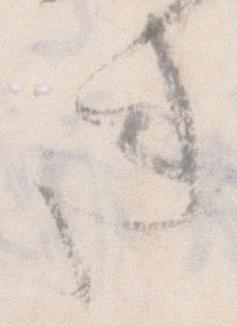
き